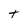
Character: t